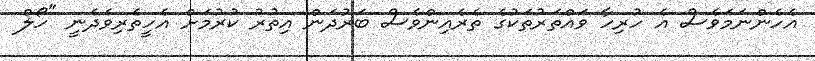
އެހެންނަމަވެސް އެ ހުރިހާ ވައްތަރުތަކުގެ ތެރެއިންވެސް ބަރުދަން އިތުރު ކުރުމަށް އެހީތެރިވެދެނީ "ހޯލް